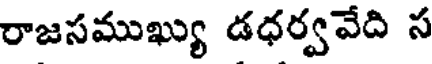
రాజసముఖ్యు డధర్వవేది స